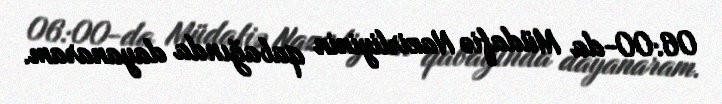
06:00-da Müdafiə Nazirliyinin qabağında dayanaram.